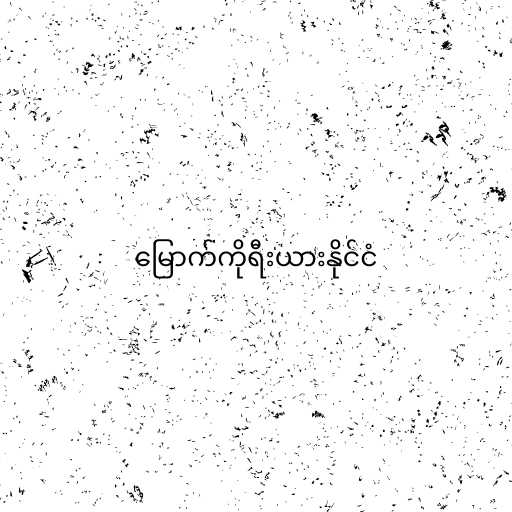
မြောက်ကိုရီးယားနိုင်ငံ